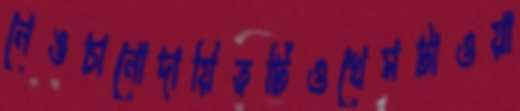
নেঙচানোদায়িত্বটিওখেমটাওয়া